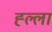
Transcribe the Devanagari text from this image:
ह्ल्ला